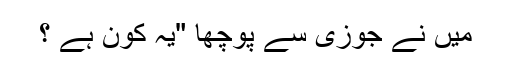
میں نے جوزی سے پوچھا "یہ کون ہے ؟